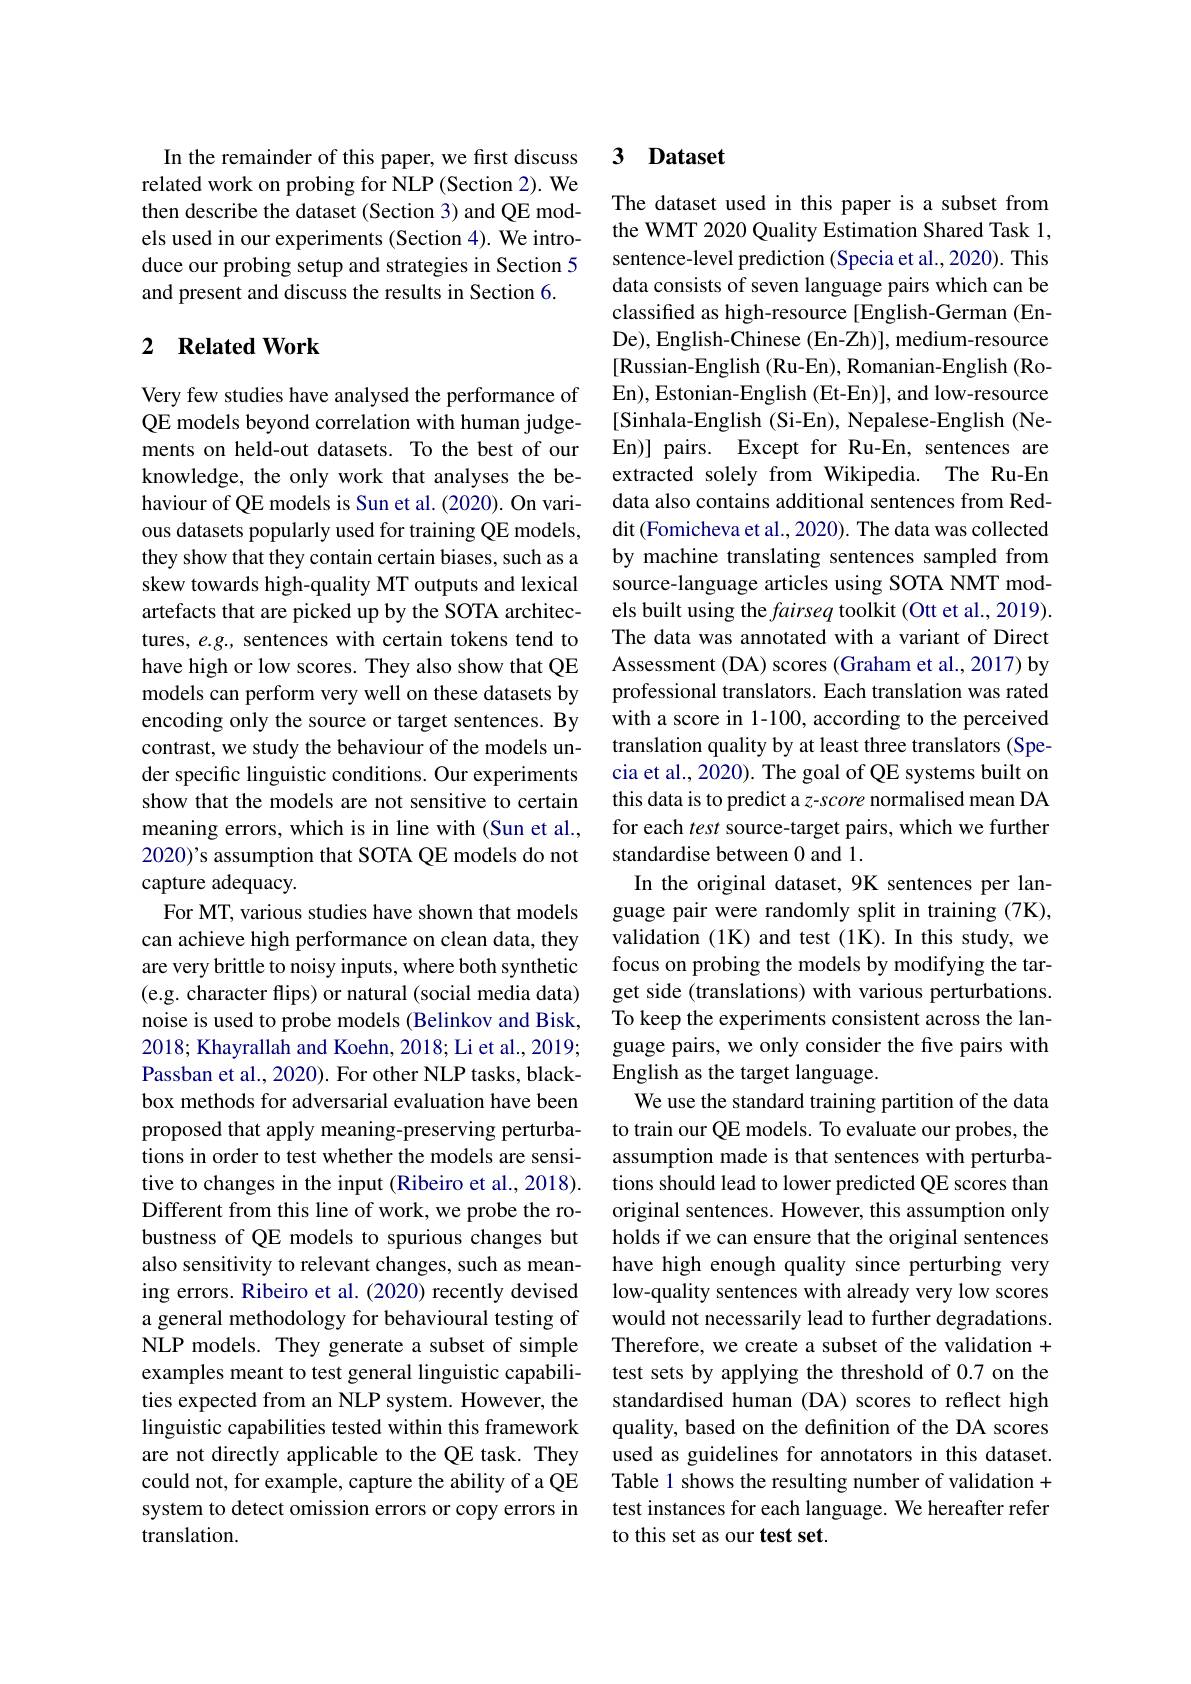
In the remainder of this paper, we first discuss related work on probing for NLP (Section 2). We then describe the dataset (Section 3) and QE models used in our experiments (Section 4). We introduce our probing setup and strategies in Section 5 and present and discuss the results in Section 6.

## 2 $\textbf{Related Work}$

Very few studies have analysed the performance of QE models beyond correlation with human judgements on held-out datasets. To the best of our knowledge, the only work that analyses the behaviour of QE models is Sun et al. (2020). On various datasets popularly used for training QE models, they show that they contain certain biases, such as a skew towards high-quality MT outputs and lexical artefacts that are picked up by the SOTA architectures, e.g., sentences with certain tokens tend to have high or low scores. They also show that QE models can perform very well on these datasets by encoding only the source or target sentences. By contrast, we study the behaviour of the models under specific linguistic conditions. Our experiments show that the models are not sensitive to certain meaning errors, which is in line with (Sun et al., 2020)'s assumption that SOTA QE models do not capture adequacy.
For MT, various studies have shown that models can achieve high performance on clean data, they are very brittle to noisy inputs, where both synthetic (e.g. character flips) or natural (social media data) noise is used to probe models (Belinkov and Bisk, 2018; Khayrallah and Koehn, 2018; Li et al., 2019; Passban et al., 2020). For other NLP tasks, blackbox methods for adversarial evaluation have been proposed that apply meaning-preserving perturbations in order to test whether the models are sensitive to changes in the input (Ribeiro et al., 2018). Different from this line of work, we probe the robustness of QE models to spurious changes but also sensitivity to relevant changes, such as meaning errors. Ribeiro et al. (2020) recently devised a general methodology for behavioural testing of NLP models. They generate a subset of simple examples meant to test general linguistic capabilities expected from an NLP system. However, the linguistic capabilities tested within this framework are not directly applicable to the QE task. They could not, for example, capture the ability of a QE system to detect omission errors or copy errors in translation.

### 3 Dataset

The dataset used in this paper is a subset from the WMT 2020 Quality Estimation Shared Task 1, sentence-level prediction (Specia et al., 2020). This data consists of seven language pairs which can be classifed as high-resource [English-German (EnDe), English-Chinese (En-Zh)], medium-resource [Russian-English (Ru-En), Romanian-English (RoEn), Estonian-English (Et-En)], and low-resource [Sinhala-English (Si-En), Nepalese-English (NeEn)] pairs. Except for Ru-En, sentences are extracted solely from Wikipedia. The Ru-En data also contains additional sentences from Reddit (Fomicheva et al., 2020). The data was collected by machine translating sentences sampled from source-language articles using SOTA NMT models built using the fairseq toolkit (Ott et al., 2019) The data was annotated with a variant of Direct Assessment (DA) scores (Graham et al., 2017) by professional translators. Each translation was rated with a score in 1-100, according to the perceived translation quality by at least three translators (Specia et al., 2020). The goal of QE systems built on this data is to predict a z-score normalised mean DA for each test source-target pairs, which we further standardise between 0 and 1
In the original dataset, 9K sentences per language pair were randomly split in training (7K), validation (1K) and test (1K). In this study, we focus on probing the models by modifying the target side (translations) with various perturbations. To keep the experiments consistent across the language pairs, we only consider the five pairs with English as the target language.
We use the standard training partition of the data to train our QE models. To evaluate our probes, the assumption made is that sentences with perturbations should lead to lower predicted QE scores than original sentences. However, this assumption only holds if we can ensure that the original sentences have high enough quality since perturbing very low-quality sentences with already very low scores would not necessarily lead to further degradations. Therefore, we create a subset of the validation + test sets by applying the threshold of 0.7 on the standardised human (DA) scores to reflect high quality, based on the definition of the DA scores used as guidelines for annotators in this dataset. Table 1 shows the resulting number of validation + test instances for each language. We hereafter refer to this set as our test set.